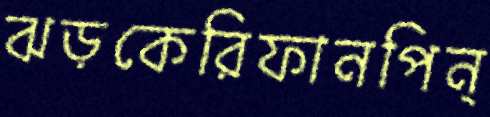
ঝড়কেরিফানপিন্